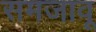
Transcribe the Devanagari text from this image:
समजावू